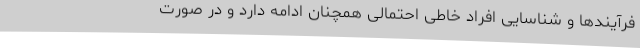
فرآیندها و شناسایی افراد خاطی احتمالی همچنان ادامه دارد و در صورت